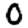
Digit: 0